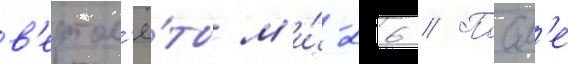
в'ертол'ё́ты м'и́-26 // Посл'е